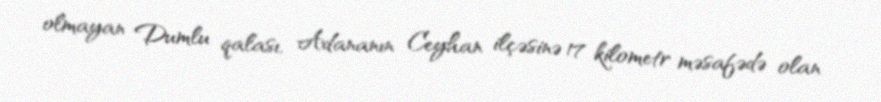
olmayan Dumlu qalası, Adananın Ceyhan ilçəsinə 17 kilometr məsafədə olan